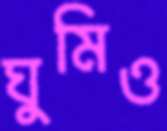
ঘুমিও